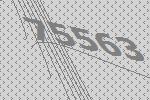
75563